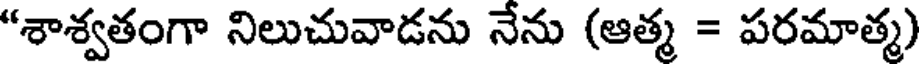
"శాశ్వతంగా నిలుచువాడను నేను (ఆత్మ = పరమాత్మ)